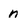
Character: n